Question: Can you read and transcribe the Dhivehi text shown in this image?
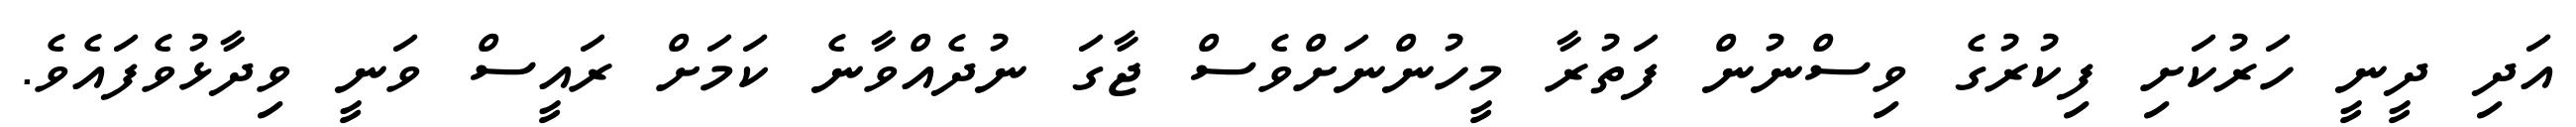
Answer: އަދި ދީނީ ހަރުކަށި ފިކުރުގެ ވިސްނުން ފަތުރާ މީހުންނަށްވެސް ޖާގަ ނުދެއްވާނެ ކަމަށް ރައީސް ވަނީ ވިދާޅުވެފައެވެ.